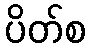
ပိတ်စ